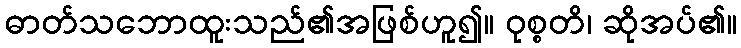
ဓာတ်သဘောထူးသည်၏အဖြစ်ဟူ၍။ ဝုစ္စတိ၊ ဆိုအပ်၏။